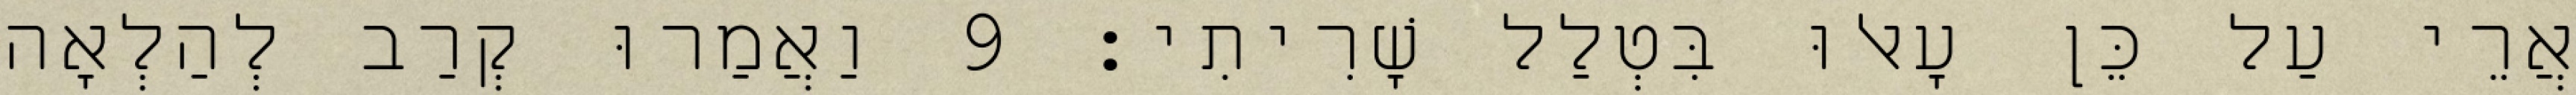
אֲרֵי עַל כֵּן עָאלוּ בִּטְלַל שָׁרִיתִי׃ 9 וַאֲמַרוּ קְרַב לְהַלְאָה